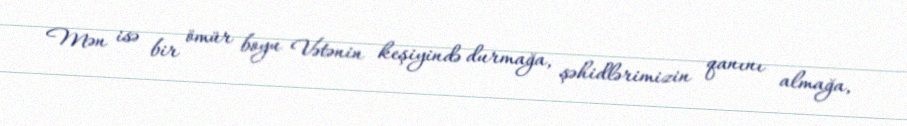
Mən isə bir ömür boyu Vətənin keşiyində durmağa, şəhidlərimizin qanını almağa,